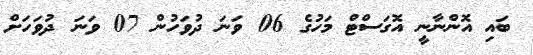
ބައި އޮންނާނީ އޮގަސްޓް މަހުގެ 06 ވަނަ ދުވަހުން 07 ވަނަ ދުވަހަށް